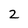
Character: 2